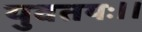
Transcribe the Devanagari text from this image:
युवतयः।।